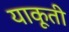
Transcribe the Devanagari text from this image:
याकूती